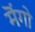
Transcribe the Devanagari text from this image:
मॆंगो